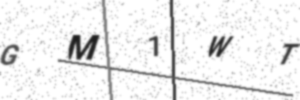
Text: GM1WT